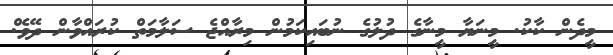
މީދެން ކާކު. މީނަޔާ މީނާގެ ދުލުގެ ނުބައިކަމުން މިރާއްޖެ ސަލާމަތް ކުރައްވާން ދޭވެ.ް